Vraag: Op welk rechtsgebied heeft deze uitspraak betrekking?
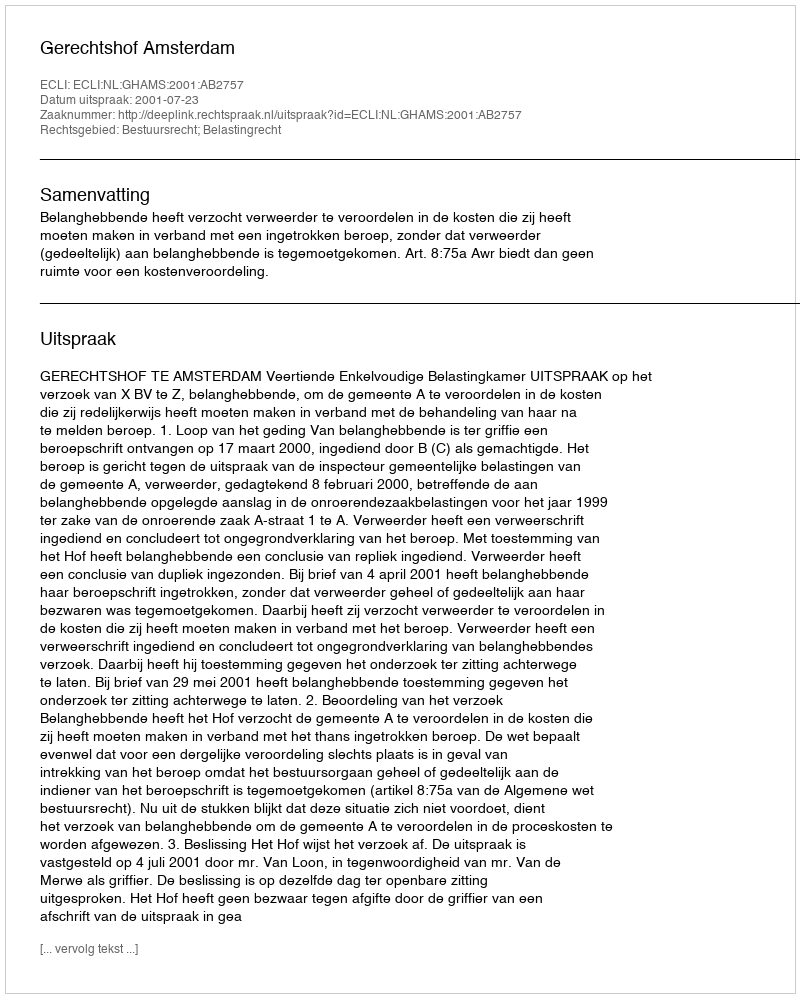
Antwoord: Bestuursrecht; Belastingrecht